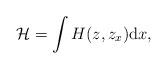
LaTeX: \begin{align*}\mathcal{H}=\int H(z,z_x) \mathrm{d}x,\end{align*}